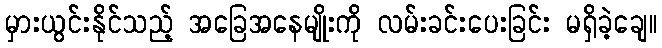
မှားယွင်းနိုင်သည့် အခြေအနေမျိုးကို လမ်းခင်းပေးခြင်း မရှိခဲ့ချေ။